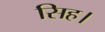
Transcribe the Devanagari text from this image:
सिह।